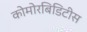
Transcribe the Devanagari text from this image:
कोमोरबिडिटीस